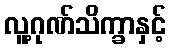
လူ့ဂုဏ်သိက္ခာနှင့်